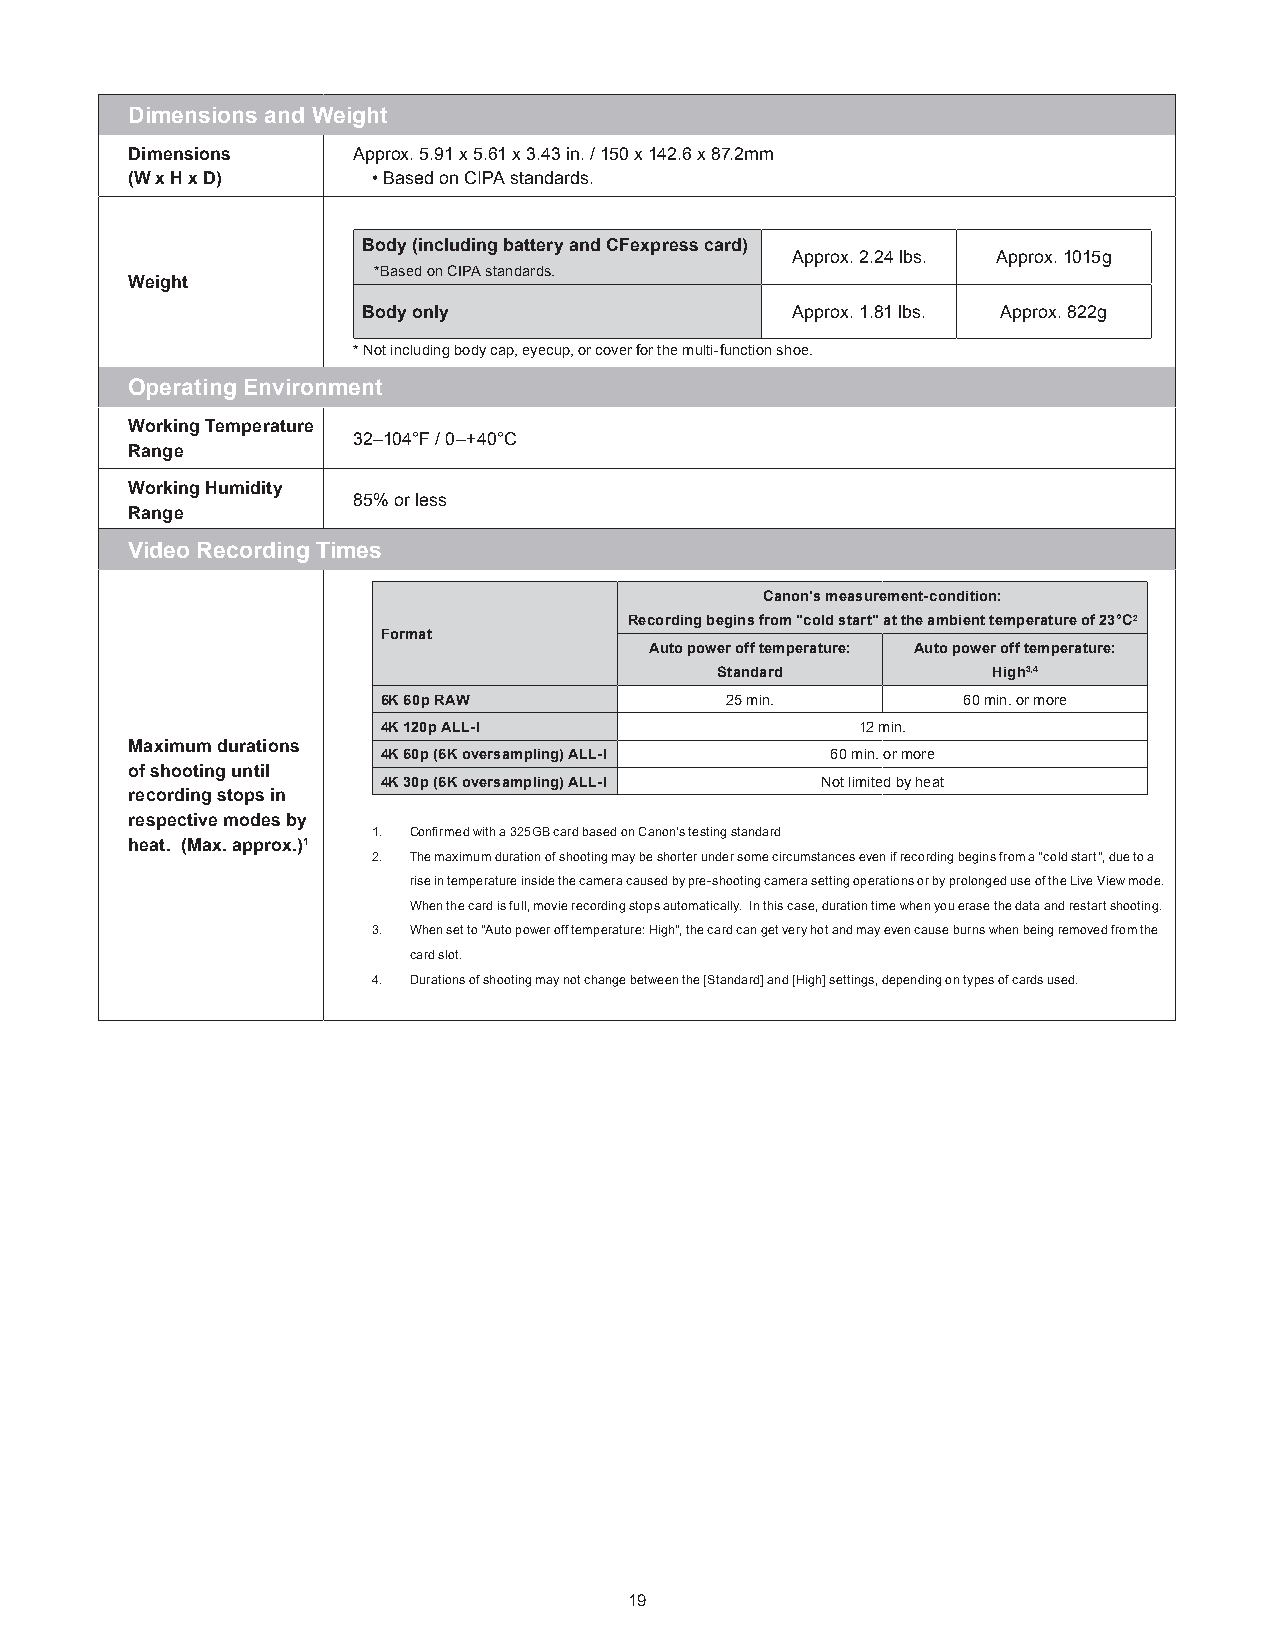
Dimensions and Weight
 Dimensions     Approx. 5.91 x 5.61 x 3.43 in. / 150 x 142.6 x 87.2mm
 (W x H x D)      • Based on CIPA standards.
 Body (including battery and CFexpress card)
 Approx. 2.24 lbs. Approx. 1015g
 *Based on CIPA standards.
 Weight
 Body only                   Approx. 1.81 lbs. Approx. 822g
 * Not including body cap, eyecup, or cover for the multi-function shoe.
 Operating Environment
 Working Temperature
 32–104°F / 0–+40°C
 Range
 Working Humidity
 85% or less
 Range
 Video Recording Times
 Canon's measurement-condition:
 Recording begins from "cold start" at the ambient temperature of 23°C2
 Format
 Auto power off temperature: Auto power off temperature:
 Standard           High3,4
 6K 60p RAW             25 min.         60 min. or more
 4K 120p ALL-I                   12 min.
 Maximum durations
 4K 60p (6K oversampling) ALL-I 60 min. or more
 of shooting until
 4K 30p (6K oversampling) ALL-I Not limited by heat
 recording stops in
 respective modes by
 1. Confirmed with a 325GB card based on Canon's testing standard
 heat. (Max. approx.)1
 2. The maximum duration of shooting may be shorter under some circumstances even if recording begins from a "cold start", due to a
 rise in temperature inside the camera caused by pre-shooting camera setting operations or by prolonged use of the Live View mode.
 When the card is full, movie recording stops automatically. In this case, duration time when you erase the data and restart shooting.
 3. When set to "Auto power off temperature: High", the card can get very hot and may even cause burns when being removed from the
 card slot.
 4. Durations of shooting may not change between the [Standard] and [High] settings, depending on types of cards used.
 19